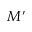
M ^ { \prime }